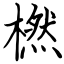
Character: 橪